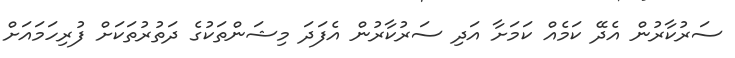
ސަރުކާރުން އެދޭ ކަމެއް ކަމަށާ އަދި ސަރުކާރުން އެފަދަ މިޝަންތަކުގެ ދަތުރުތަކަށް ފުރިހަމައަށް